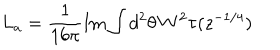
L _ { a } = \frac { 1 } { 1 6 \pi } \mathrm { I m } \int d ^ { 2 } \theta \, W ^ { 2 } \tau ( z ^ { - 1 / 4 } )